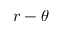
r - \theta